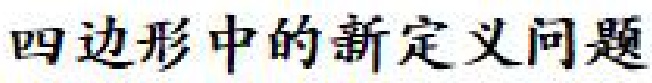
四边形中的新定义问题